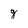
Character: g